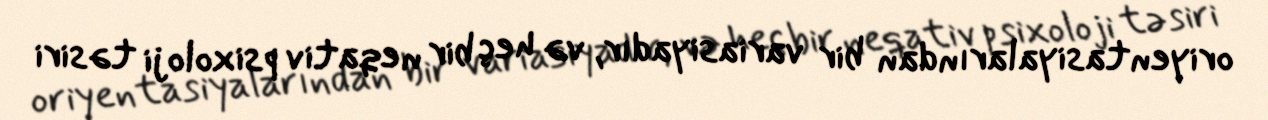
oriyentasiyalarından bir variasiyadır, və heç bir neqativ psixoloji təsiri